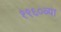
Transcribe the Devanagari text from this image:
१९६०व्या